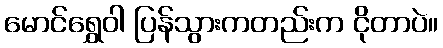
မောင်ရွှေဝါ ပြန်သွားကတည်းက ငိုတာပဲ။